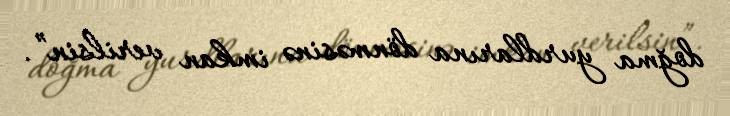
doğma yurdlarına dönməsinə imkan verilsin”.